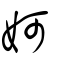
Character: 妸